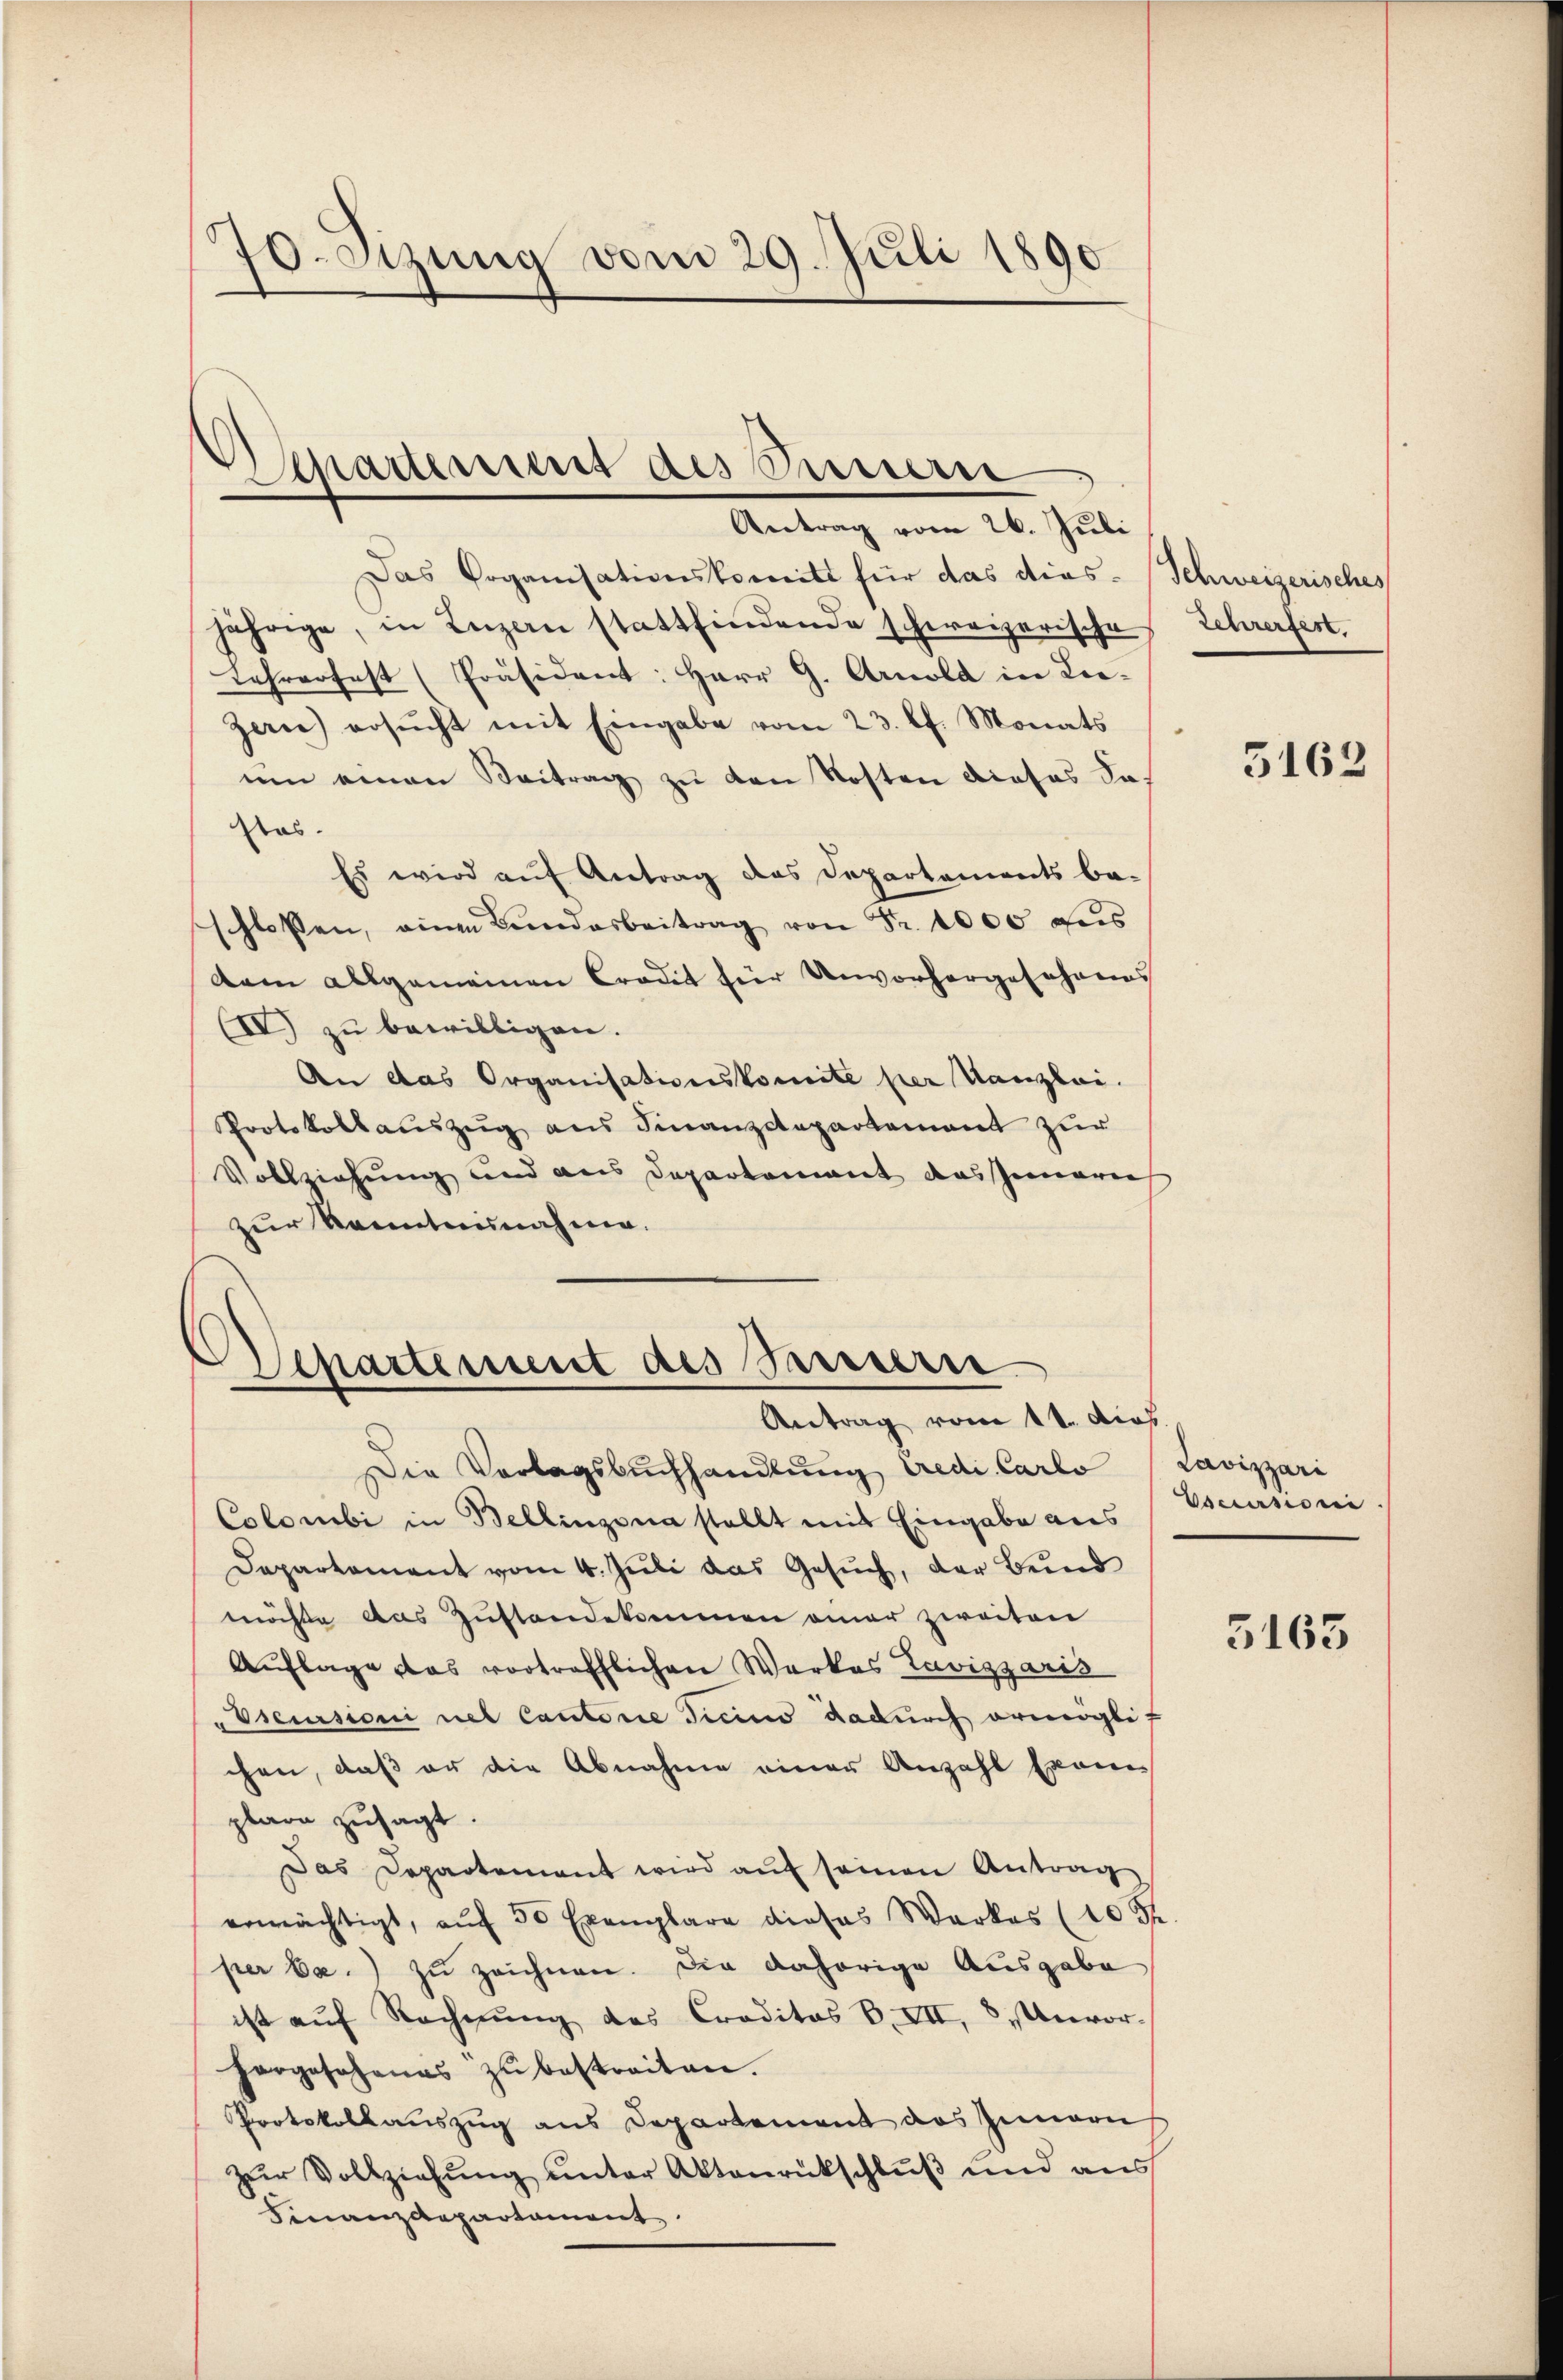
70. Sizung vom 29. Juli 1890

Separtement des Sinnerei
Antrag vom 26. Juli

Das Organisationskomitt für das dies- Schweizerisches
jährige, in Luzern stattfindende schweizerische
Lehrerfest (Präsident: Herr G. Arnold in Lie¬
Zern) ersŭcht mit Eingabe vom 23. lt. Monats
um einen Beitrag zu den Kosten dieses Sastes.
Es wird auf Antrag das Departements be-
schlossen, einen Bundesbeitrag von Fr. 1000 aus
dam allgemeinen Credit für Unvorhergesehnens
IV zu bewilligen.
An das Organisationskomite per Kanzlei.
Protokollauszug aus Finanzdepartement zur
Vollziehung und aus Departement das Inneres
zur Kenntnisnahme.

Departement des Petern
Antrag vom 14. dies.

Die Vorlagsbuchhandlung Credi Carlo Lavizzari
Colombi in Bellinzona stellt mit Eingabe aus Escursioni.
Departement vom 4. Juli das Gesuch, der Bund
möchte das Zustandekommen einer zweiten
Auflage das vortrefflichen Werkes Lavizzaris
"Pseursioni nel Cantonie Ticino dadurch ermögli
chen, daß er die Abnahme einer Anzahl Exam
plare zusagt.
Das Departement wird aŭf seinen Antrag
ermächtigt, aŭf 50 Exemplare dieses Werkes (10 St
per Da.) zu zeichnen. Die daherige Ausgabe
ist aŭf Rechnŭng des Croditos P. VII, 8. Unvor-
hergesehenes zŭ bestreiten.
Protokollauszug aus Departement das Innern
zur Vollziehung unter Aktenrückschluß und aus
Finanzdepartament

zehrerfert

5163

5163